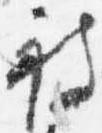
被